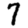
Digit: 7